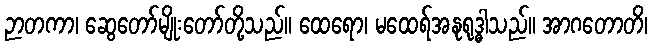
ဉာတကာ၊ ဆွေတော်မျိုးတော်တို့သည်။ ထေရော၊ မထေရ်အနုရုဒ္ဓါသည်။ အာဂတောတိ၊